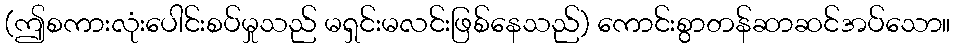
(ဤစကားလုံးပေါင်းစပ်မှုသည် မရှင်းမလင်းဖြစ်နေသည်) ကောင်းစွာတန်ဆာဆင်အပ်သော။